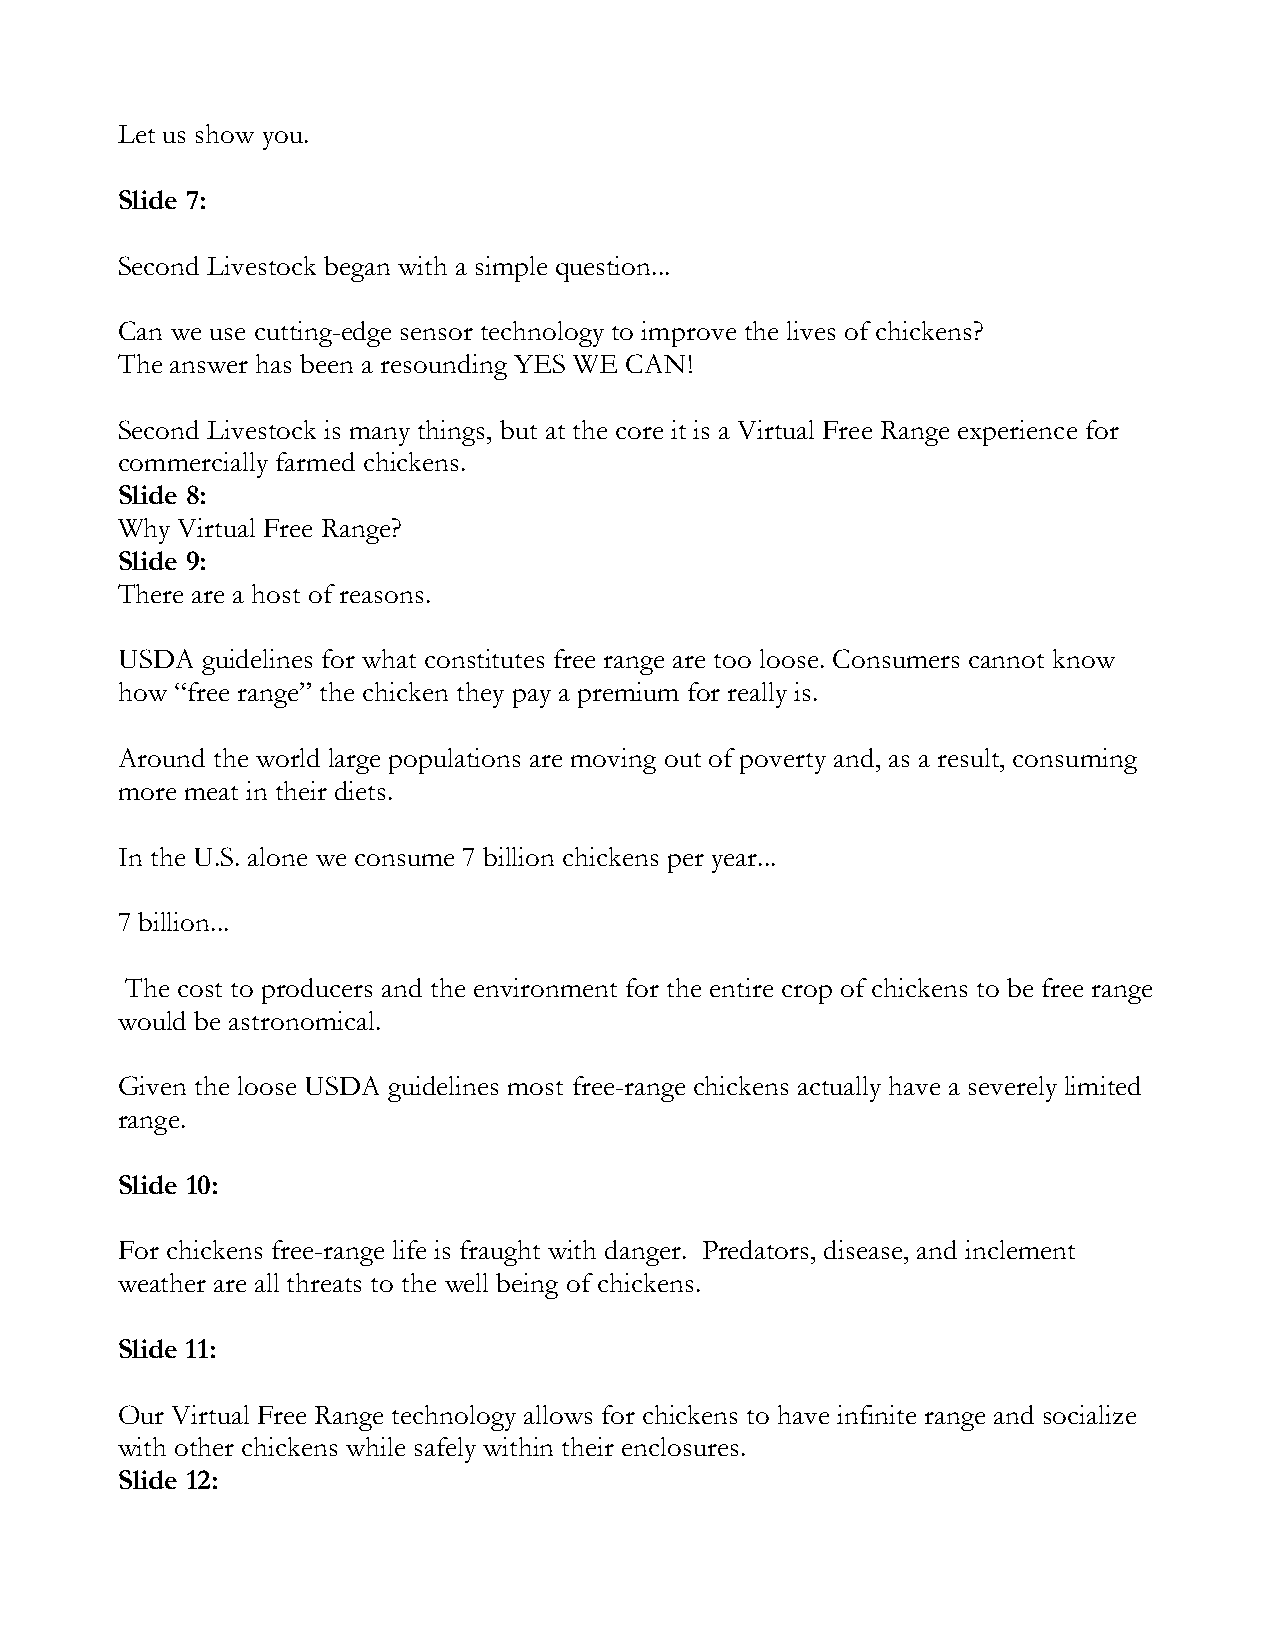
Let us show you.
 Slide 7:
 Second Livestock began with a simple question...
 Can we use cutting-edge sensor technology to improve the lives of chickens?
 The answer has been a resounding YES WE CAN!
 Second Livestock is many things, but at the core it is a Virtual Free Range experience for
 commercially farmed chickens.
 Slide 8:
 Why Virtual Free Range?
 Slide 9:
 There are a host of reasons.
 USDA guidelines for what constitutes free range are too loose. Consumers cannot know
 how “free range” the chicken they pay a premium for really is.
 Around the world large populations are moving out of poverty and, as a result, consuming
 more meat in their diets.
 In the U.S. alone we consume 7 billion chickens per year...
 7 billion...
 The cost to producers and the environment for the entire crop of chickens to be free range
 would be astronomical.
 Given the loose USDA guidelines most free-range chickens actually have a severely limited
 range.
 Slide 10:
 For chickens free-range life is fraught with danger. Predators, disease, and inclement
 weather are all threats to the well being of chickens.
 Slide 11:
 Our Virtual Free Range technology allows for chickens to have infinite range and socialize
 with other chickens while safely within their enclosures.
 Slide 12: